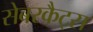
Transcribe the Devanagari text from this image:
सेबरकैट्स